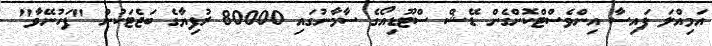
އަމިއްލަ ފައިސާ އިންވެސްޓްކޮށްގެން ޑޭޝް ސްޓޫޑިއޯގެ ސާމާނުގައި 80000 ރުފިޔާގެ ބަޖެޓަކުން "ފަހުނޭވާ"